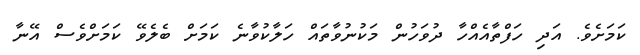
ކަމަށެވެ. އަދި ހަފްތާއެއްހާ ދުވަހުން މަކުނުވާތައް ހަލާކުވާނެ ކަމަށް ބެލެވޭ ކަމަށްވެސް އޭނާ